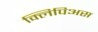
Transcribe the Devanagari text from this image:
क्लिपिअस